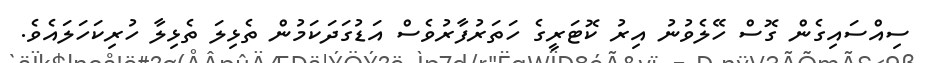
ސިއްސައިގެން ގޮސް ހޭލެވުނު އިރު ކޮޓަރީގެ ހަތަރުފާރުވެސް އަޑުގަދަކަމުން ތެޅިލަ ތެޅިލާ ހުރިކަހަލައެވެ.